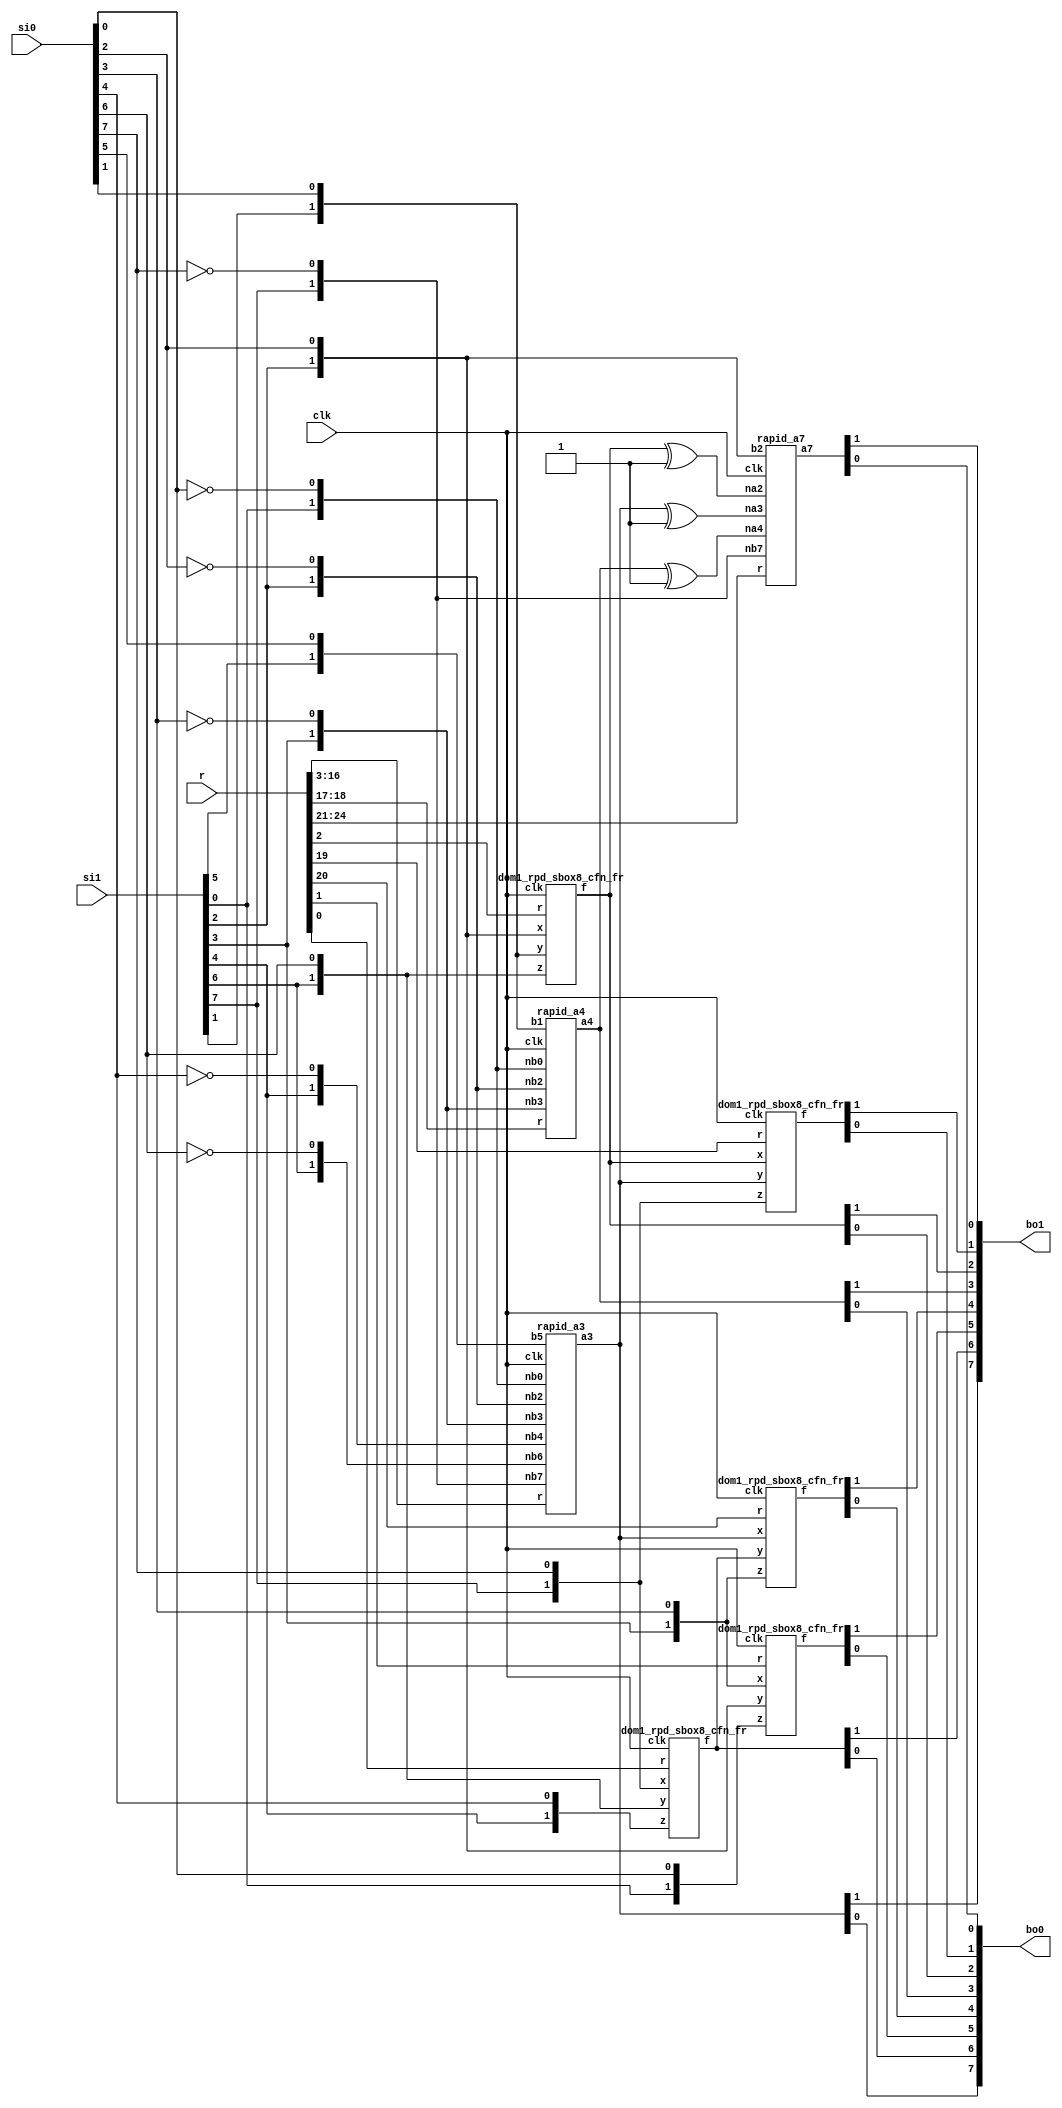
/*
 Designer: Mustafa Khairallah
 Nanyang Technological University
 Singapore
 Date: July, 2021
 */

// The DOM-Indep multiplier based sbox8 with registered
// shares. Takes 2 cycles. Non-pipelined, so the input
// must remain stable for 2 cycles, including the 
// refreshing mask r. Uses 4-way and 3-way multipliers.
module skinny_sbox8_dom1_rapid_non_pipelined (/*AUTOARG*/
   // Outputs
   bo1, bo0,
   // Inputs
   si0, si1, r, clk
   ) ;
   output [7:0] bo1;
   output [7:0] bo0;

   input [7:0]  si0, si1;
   input [24:0] r;
   input        clk;

   wire [1:0]   bi7;
   wire [1:0]   bi6;
   wire [1:0]   bi5;
   wire [1:0]   bi4;
   wire [1:0]   bi3;
   wire [1:0]   bi2;
   wire [1:0]   bi1;
   wire [1:0]   bi0;
   
   wire [1:0] 	nbi7;
   wire [1:0]   nbi6;
   wire [1:0]   nbi5;
   wire [1:0]   nbi4;
   wire [1:0]   nbi3;
   wire [1:0]   nbi2;
   wire [1:0]   nbi1;
   wire [1:0]   nbi0;   

   wire [1:0]   a7;
   wire [1:0]   a6;
   wire [1:0]   a5;
   wire [1:0]   a4;
   wire [1:0]   a3;
   wire [1:0]   a2;
   wire [1:0]   a1;
   wire [1:0]   a0;

   wire [1:0]   na4;
   wire [1:0]   na3;
   wire [1:0]   na2;

   assign bi0 = {si1[0],si0[0]};
   assign bi1 = {si1[1],si0[1]};
   assign bi2 = {si1[2],si0[2]};
   assign bi3 = {si1[3],si0[3]};
   assign bi4 = {si1[4],si0[4]};
   assign bi5 = {si1[5],si0[5]};
   assign bi6 = {si1[6],si0[6]};
   assign bi7 = {si1[7],si0[7]};

   assign nbi0 = {si1[0],~si0[0]};
   assign nbi1 = {si1[1],~si0[1]};
   assign nbi2 = {si1[2],~si0[2]};
   assign nbi3 = {si1[3],~si0[3]};
   assign nbi4 = {si1[4],~si0[4]};
   assign nbi5 = {si1[5],~si0[5]};
   assign nbi6 = {si1[6],~si0[6]};
   assign nbi7 = {si1[7],~si0[7]};

   assign na4 = a4 ^ 2'b01;
   assign na3 = a3 ^ 2'b01;
   assign na2 = a2 ^ 2'b01;

   dom1_rpd_sbox8_cfn_fr b764 (a0,bi7,bi6,bi4,r[0],clk);
   dom1_rpd_sbox8_cfn_fr b320 (a1,bi3,bi2,bi0,r[1],clk);
   dom1_rpd_sbox8_cfn_fr b216 (a2,bi2,bi1,bi6,r[2],clk);
   rapid_a3 a3_cf (a3,nbi7,nbi6,bi5,nbi4,nbi3,nbi2,nbi0,r[16:3],clk);   
   rapid_a4 a4_cf (a4,nbi3,nbi2,bi1,nbi0,r[18:17],clk);
   
   dom1_rpd_sbox8_cfn_fr b237 (a5,a2, a3, bi7,r[19],clk);
   dom1_rpd_sbox8_cfn_fr b303 (a6,a3, a0, bi3,r[20],clk);
   rapid_a7 a7_cf (a7,nbi7,na4,na3,na2,bi2,r[24:21],clk);

   assign {bo1[6],bo0[6]} = a0;
   assign {bo1[5],bo0[5]} = a1;
   assign {bo1[2],bo0[2]} = a2;
   assign {bo1[7],bo0[7]} = a3;
   assign {bo1[3],bo0[3]} = a4;
   assign {bo1[1],bo0[1]} = a5;
   assign {bo1[4],bo0[4]} = a6;
   assign {bo1[0],bo0[0]} = a7;
endmodule // skinny_sbox8_dom1_rapid_non_pipelined


// The core registered function of the skinny sbox8.
// fr: fully registered, all and operations are
// registered.
// cfn: core function
// The core function is basically (x nor y) xor z
// We use de morgan's law to convert it to:
// ((~x) and (~y)) xor z and use the DOM-Indep
// multiplier for the and gate. We add the shares of
// z to the independent and gates and register the
// output of (a and b) xor c, while for the mixed
// shares we also use (a and b) xor c, but c is the
// fresh randomness.
module dom1_rpd_sbox8_cfn_fr (/*AUTOARG*/
   // Outputs
   f,
   // Inputs
   x, y, z, r, clk
   ) ;
   output [1:0]        f;
   input [1:0]         x, y, z;
   input               r, clk;

   reg [1:0]    g, t;
   always @ (posedge clk) begin
      g[1] <= (~x[1]) & (~y[1]) ^ z[1];
      g[0] <=   x[0]  &   y[0]  ^ z[0];
      
      t[1] <= ((~x[1]) &  y[0] ) ^ r;
      t[0] <= ((~y[1]) &  x[0] ) ^ r;
   end   

   assign f[0] = t[0] ^ g[0];
   assign f[1] = t[1] ^ g[1];
   
endmodule // dom1_sbox8_corefn_fullreg

// Rapid calculation of a[3].
module rapid_a3 (/*AUTOARG*/
   // Outputs
   a3,
   // Inputs
   nb7, nb6, b5, nb4, nb3, nb2, nb0, r, clk
   ) ;
   output [1:0] a3;
   input [1:0] 	nb7, nb6, b5, nb4, nb3, nb2, nb0;
   input [13:0] r;   
   input 	clk;

   wire [1:0] 	t0;
   wire [1:0] 	t1;
   wire [1:0] 	t2;
   wire [1:0] 	t3;   

   and4_dom1 g0 (t0,nb7,nb6,nb3,nb2,r[ 6: 0],clk);
   and3_dom1 g1 (t1,nb7,nb6,nb0,    r[ 9: 7],clk);
   and3_dom1 g2 (t2,nb4,nb3,nb2,    r[12:10],clk);
   and2_dom1 g3 (t3,nb4,nb0,        r[13],   clk);
   
   assign a3 = t0 ^ t1 ^ t2 ^ t3 ^ b5;
   
endmodule // rapid_a3

// Rapid calculation of a[4].
module rapid_a4 (/*AUTOARG*/
   // Outputs
   a4,
   // Inputs
   nb3, nb2, b1, nb0, r, clk
   ) ;
   output [1:0] a4;
   input [1:0] 	nb3, nb2, b1, nb0;
   input [1:0] 	r;   
   input 	clk;

   wire [1:0] 	t0;
   wire [1:0] 	t1;

   and2_dom1 g0 (t0,nb3,nb2,r[0],clk);
   and2_dom1 g1 (t1,nb0,nb3,r[1],clk);
   
   assign a4 = t0 ^ t1 ^ b1;
   
endmodule // rapid_a4

// Rapid calculation of a[7].
module rapid_a7 (/*AUTOARG*/
   // Outputs
   a7,
   // Inputs
   nb7, na4, na3, na2, b2, r, clk
   ) ;
   output [1:0] a7;
   input [1:0] 	nb7, na4, na3, na2, b2;
   input [3:0] r;   
   input 	clk;

   wire [1:0] 	t0;
   wire [1:0] 	t1;

   and3_dom1 g0 (t0,na2,na3,na4,r[2:0],clk);
   and2_dom1 g1 (t1,nb7,na4,    r[3],  clk);
   
   assign a7 = t0 ^ t1 ^ b2;
   
endmodule // rapid_a7

// Domain-oriented 4-way AND gate (GF(2) multiplier).
module and4_dom1 (/*AUTOARG*/
   // Outputs
   z,
   // Inputs
   a, b, c, d, r, clk
   ) ;   
   output [1:0]  z;
   input [1:0]   a, b, c, d;
   input [6:0] 	 r;
   input         clk;

   reg [15:0]    comp;

   always @ (posedge clk) begin
      comp[ 0] <= (a[0] & b[0] & c[0] & d[0]);
      comp[ 1] <= (a[0] & b[0] & c[0] & d[1]) ^ r[0];//
      comp[ 2] <= (a[0] & b[0] & c[1] & d[0]) ^ r[1];//
      comp[ 3] <= (a[0] & b[0] & c[1] & d[1]) ^ r[2];///
      comp[ 4] <= (a[0] & b[1] & c[0] & d[0]) ^ r[3];//
      comp[ 5] <= (a[0] & b[1] & c[0] & d[1]) ^ r[4];///
      comp[ 6] <= (a[0] & b[1] & c[1] & d[0]) ^ r[5];///
      comp[ 7] <= (a[0] & b[1] & c[1] & d[1]) ^ r[6];//
      comp[ 8] <= (a[1] & b[0] & c[0] & d[0]) ^ r[6];//
      comp[ 9] <= (a[1] & b[0] & c[0] & d[1]) ^ r[5];///
      comp[10] <= (a[1] & b[0] & c[1] & d[0]) ^ r[4];///
      comp[11] <= (a[1] & b[0] & c[1] & d[1]) ^ r[3];//
      comp[12] <= (a[1] & b[1] & c[0] & d[0]) ^ r[2];///
      comp[13] <= (a[1] & b[1] & c[0] & d[1]) ^ r[1];//
      comp[14] <= (a[1] & b[1] & c[1] & d[0]) ^ r[0];//
      comp[15] <= (a[1] & b[1] & c[1] & d[1]);
   end // always @ (posedge clk)
  
   assign z[0] = comp[ 0] ^ comp[ 1] ^ comp[ 2] ^ comp[ 3] ^ 
		 comp[ 4] ^ comp[ 5] ^ comp[ 6] ^ comp[ 7];
   assign z[1] = comp[ 8] ^ comp[ 9] ^ comp[10] ^ comp[11] ^ 
		 comp[12] ^ comp[13] ^ comp[14] ^ comp[15];
   
endmodule // and4_dom1

// Domain-oriented 3-way AND gate (GF(2) multiplier).
module and3_dom1 (/*AUTOARG*/
   // Outputs
   z,
   // Inputs
   a, b, c, r, clk
   ) ;   
   output [1:0]  z;   
   input [1:0]   a, b, c;
   input [2:0] 	 r;
   input         clk;

   reg [7:0]    comp;

   always @ (posedge clk) begin
      comp[0] <= (a[0] & b[0] & c[0]);
      comp[1] <= (a[0] & b[0] & c[1]) ^ r[0];//
      comp[2] <= (a[0] & b[1] & c[0]) ^ r[1];//
      comp[3] <= (a[0] & b[1] & c[1]) ^ r[2];//
      comp[4] <= (a[1] & b[0] & c[0]) ^ r[2];//
      comp[5] <= (a[1] & b[0] & c[1]) ^ r[1];//
      comp[6] <= (a[1] & b[1] & c[0]) ^ r[0];//
      comp[7] <= (a[1] & b[1] & c[1]);
   end // always @ (posedge clk)
  
   assign z[0] = comp[0] ^ comp[1] ^ comp[2] ^ comp[3];   
   assign z[1] = comp[4] ^ comp[5] ^ comp[6] ^ comp[7];
   
endmodule // and3_dom1

// Domain-oriented 2-way AND gate (GF(2) multiplier).
module and2_dom1 (/*AUTOARG*/
   // Outputs
   z,
   // Inputs
   a, b, r, clk
   ) ;   
   output [1:0]  z;
   input [1:0]   a, b;
   input 	 r;
   input         clk;

   reg [3:0]    comp;

   always @ (posedge clk) begin
      comp[0] <= (a[0] & b[0]);
      comp[1] <= (a[0] & b[1]) ^ r;//
      comp[2] <= (a[1] & b[0]) ^ r;//
      comp[3] <= (a[1] & b[1]);
   end // always @ (posedge clk)
  
   assign z[0] = comp[0] ^ comp[1]; 
   assign z[1] = comp[2] ^ comp[3];
   
endmodule // and2_dom1